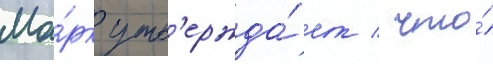
Ма́рк утв'ержда́ет / что́